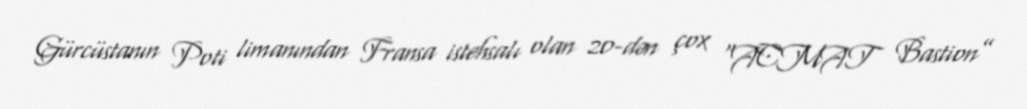
Gürcüstanın Poti limanından Fransa istehsalı olan 20-dən çox “ACMAT Bastion”